Vana-Kasaritsa_(Kasaritsa)_vallavalitsus, lk 21
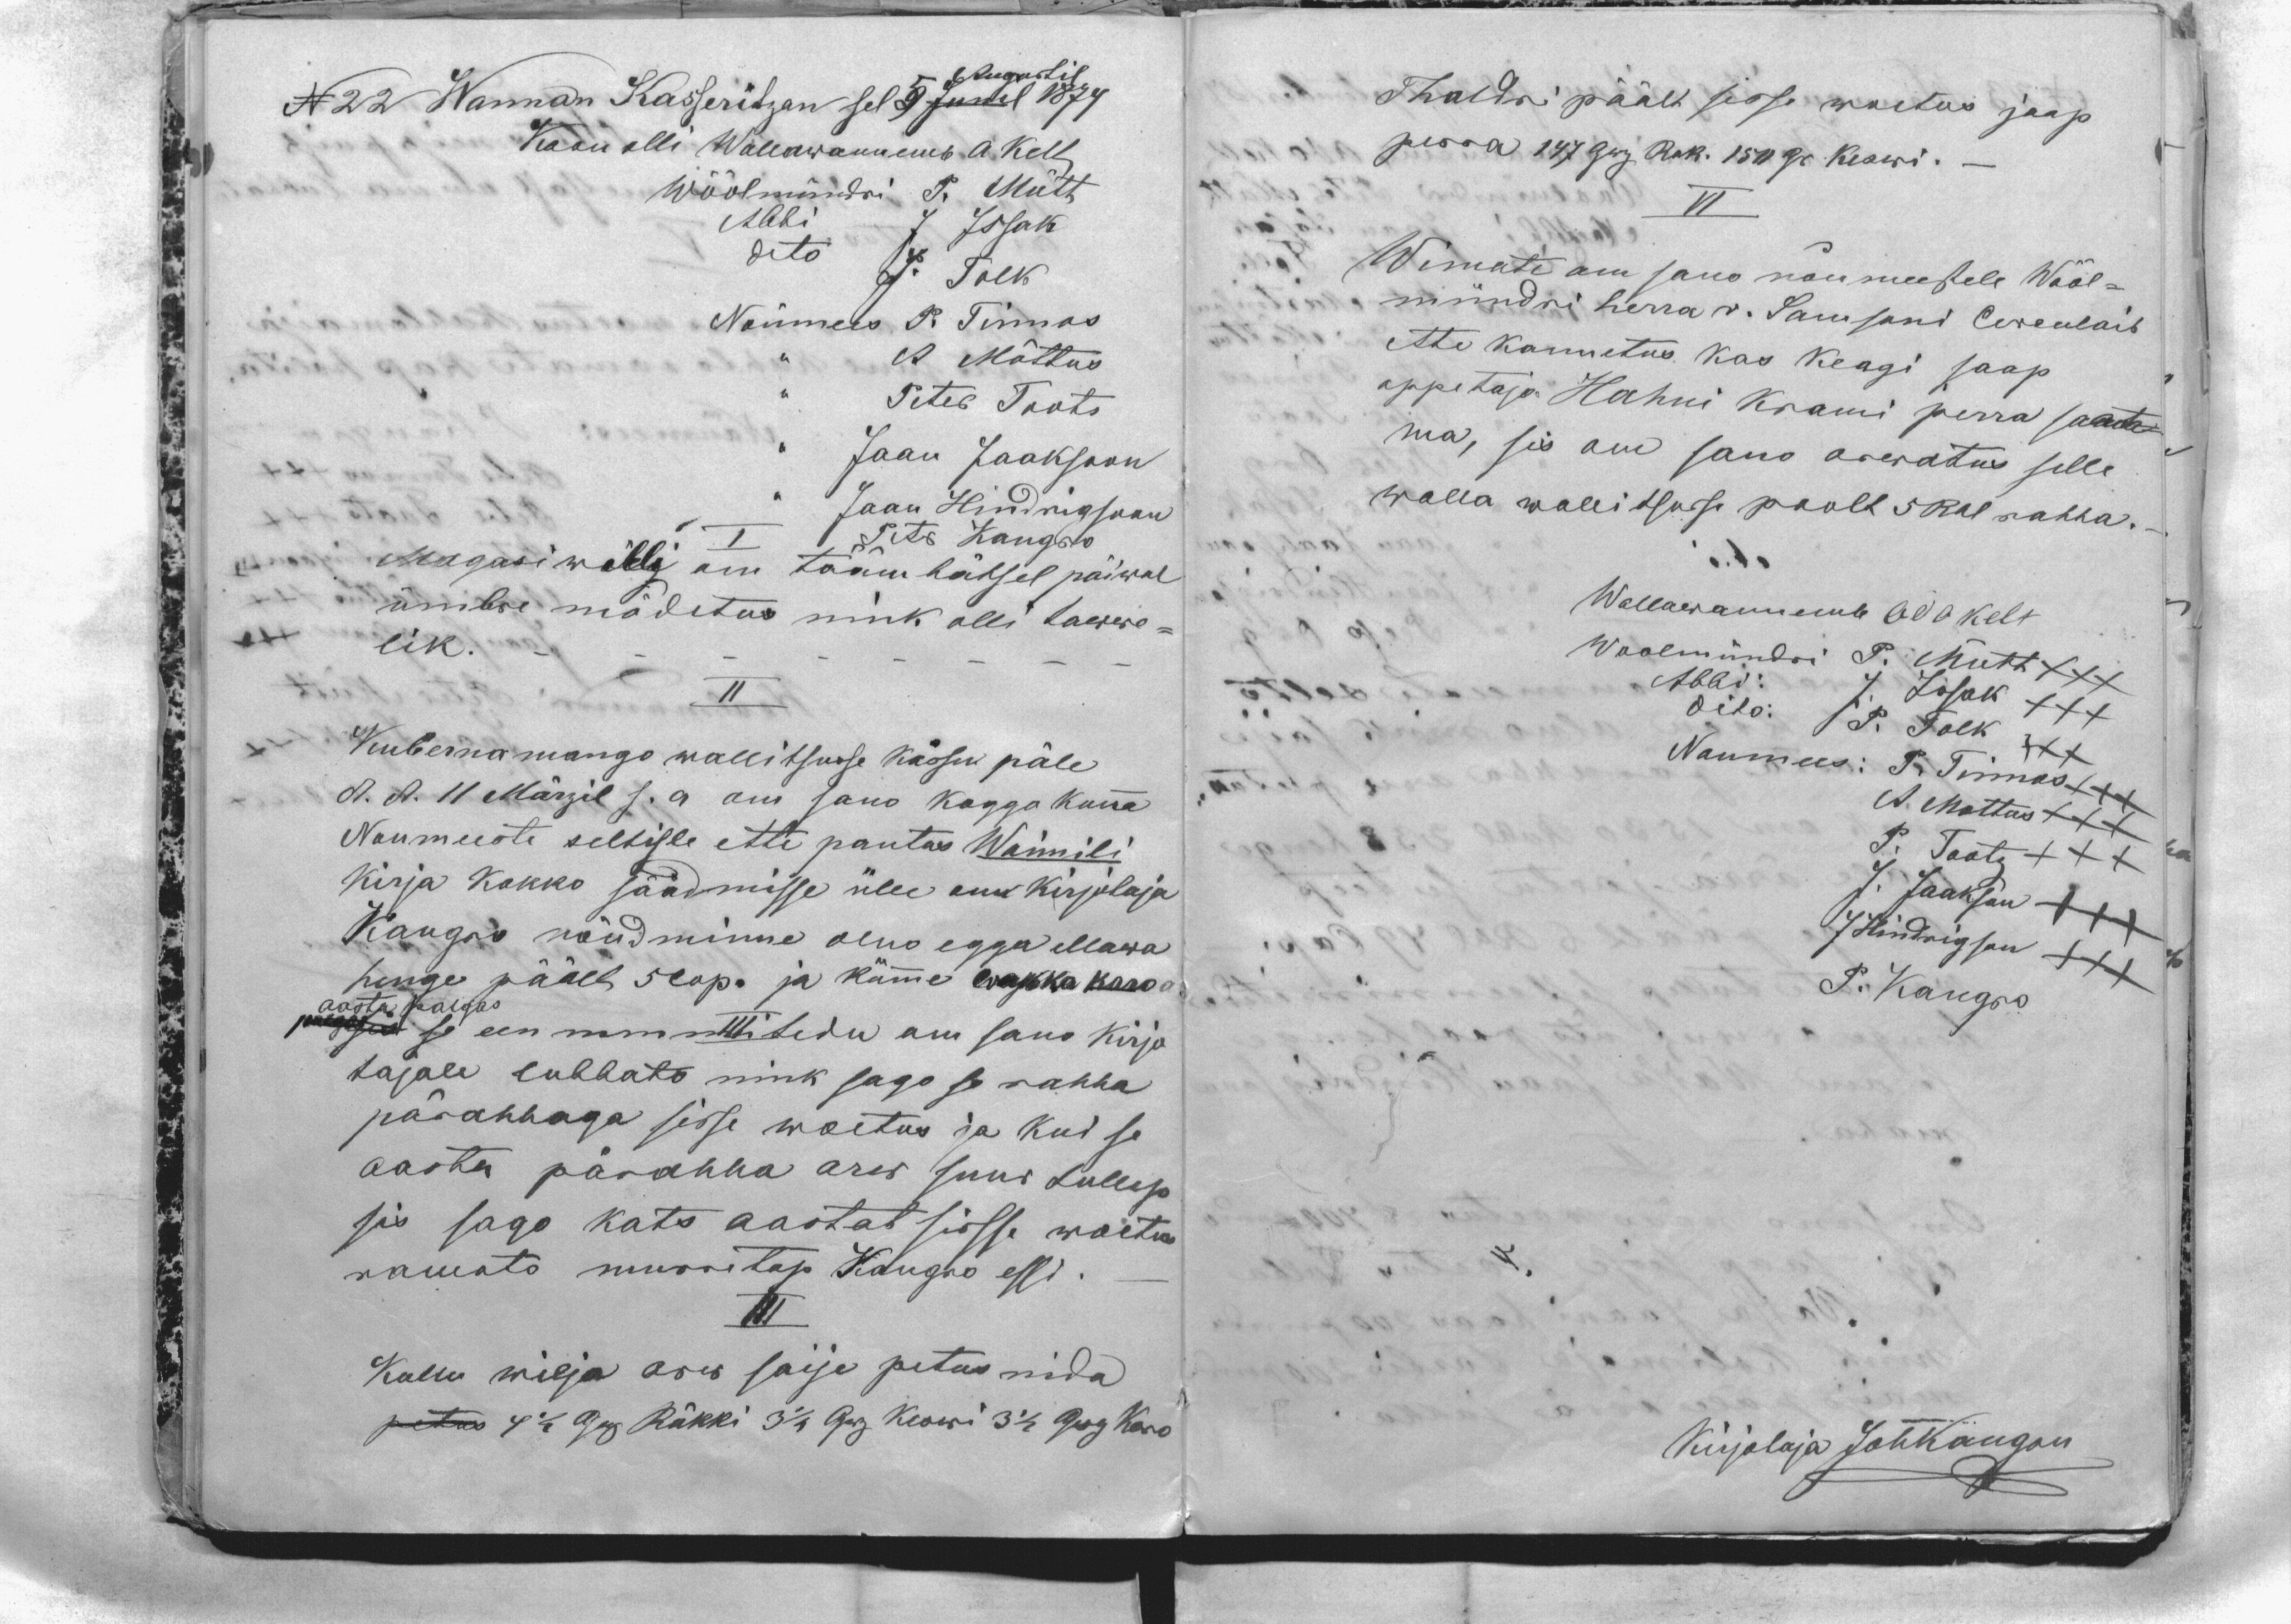
Augustil
N 22 Wannan Kasseritzan sel 5 Junil 1874
Koon olli Wallawannemb A Kelt
Wöölmündri P. Mütt
Abbi J. Issak
dito J. Tolk
Nõumees P. Tinnos
,, A. Mõttus
,, Peter Toots.
,, Jaan Jaaksoon
,, Jaan Hindrigsoon
Peter Kangro
I
Magasi wõllg om täämbätsel päiwal
ümbre mõdetus nink olli tawwe-
lik.
II
Kubernamango wallitsusse kässu päle
d. d. 11 Märzil s. a om sano koggokonna
Noumeeste seltisle ette pantas Wamili
kirja kokko säädmisse ülle om kirjutaja
Kangro nõudminne olno egga ellawa
henge päält 5 cop. ja kümme wakka karo
aasta palgas
III
se een nimmitedu om sano kirjo
tajale lubbato nink sago se rahha
pärahhaga sisse woetus ja kui se
aasta pärahha arw suur tullep
sis sago kats aastat sisse woetus
ramato murritap Kangro essi. -
III
Kullu wilja arw saije petus nida
petus 4 1/2 Grj Rükki 3 1/2 Grj Keswi 3 1/2 Grj Karo

Thaldri päält sisse woetus jaap
perra 147 Grj Ruk. 150 Grj Keswi._
VI
Wimate om sano nõumeestele Wööl-
mündri herra v. Samsoni Careulaib
ette kannetus kas keagi saap
oppetaja Hahni krami perra saat-
ma, sis om sano arwatus selle
walla wallitsuse poolt 5 Rbl rahha.-
Wallawannemb Ado Kelt
Woolmündri P. Mütt XXX
Abbi: J. Issak XXX
dito: P. Tolk XXX
Noumees: P. Tinnos XXX
A. Mottus XXX
P. Toots XXX
J. Jaakson XXX
J Hindrigson XXX
P. Kangro
Kirjotaja JohKangru